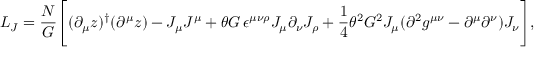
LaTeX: { \cal L } _ { J } = \frac { N } { G } \Biggl [ ( \partial _ { \mu } z ) ^ { \dagger } ( \partial ^ { \mu } z ) - J _ { \mu } J ^ { \mu } + \theta G \, \epsilon ^ { \mu \nu \rho } J _ { \mu } \partial _ { \nu } J _ { \rho } + \frac { 1 } { 4 } \theta ^ { 2 } G ^ { 2 } J _ { \mu } ( \partial ^ { 2 } g ^ { \mu \nu } - \partial ^ { \mu } \partial ^ { \nu } ) J _ { \nu } \Biggr ] ,